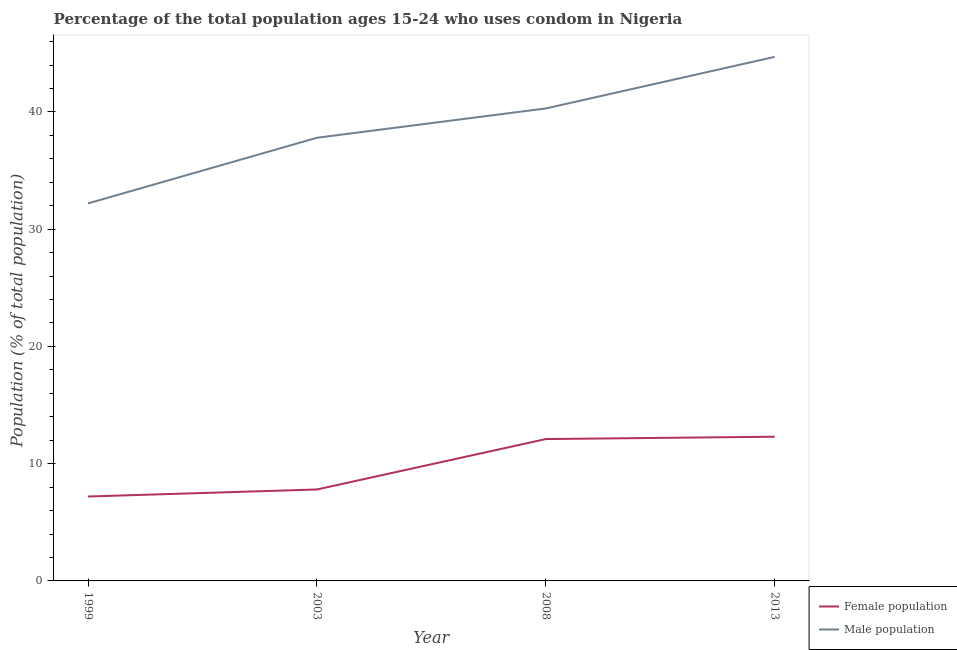
| Year | Female population | Male population |
 | --- | --- | --- |
 | 1999 | 7.2 | 32.2 |
 | 2003 | 7.8 | 37.8 |
 | 2008 | 12.1 | 40.3 |
 | 2013 | 12.3 | 44.7 |